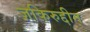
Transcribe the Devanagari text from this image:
ज़किरुद्दीन